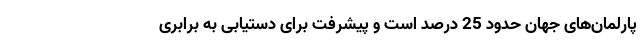
پارلمان‌های جهان حدود 25 درصد است و پیشرفت برای دستیابی به برابری